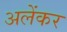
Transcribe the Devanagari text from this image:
अलेंकर